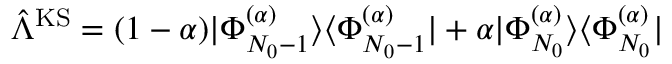
\hat { \Lambda } ^ { \mathrm { K S } } = ( 1 - \alpha ) | \Phi _ { N _ { 0 } - 1 } ^ { ( \alpha ) } \rangle \langle \Phi _ { N _ { 0 } - 1 } ^ { ( \alpha ) } | + \alpha | \Phi _ { N _ { 0 } } ^ { ( \alpha ) } \rangle \langle \Phi _ { N _ { 0 } } ^ { ( \alpha ) } |